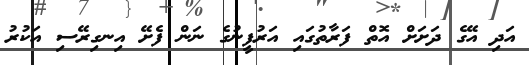
އަދި އޭގެ ދަށަށް އޮތް ފަރާތުގައި އަރުފީނުގެ ނަން ފެށޭ އިނގިރޭސި އަކުރު